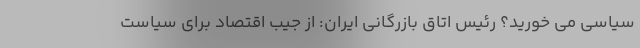
سیاسی می خورید؟ رئیس اتاق بازرگانی ایران: از جیب اقتصاد برای سیاست